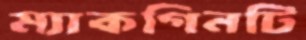
ম্যাকগিনটি